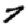
Digit: 7